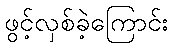
ဖွင့်လှစ်ခဲ့ကြောင်း